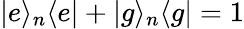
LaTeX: |e\rangle_{n}\langle e|+|g\rangle_{n}\langle g|=1